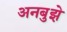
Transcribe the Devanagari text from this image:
अनबुझे